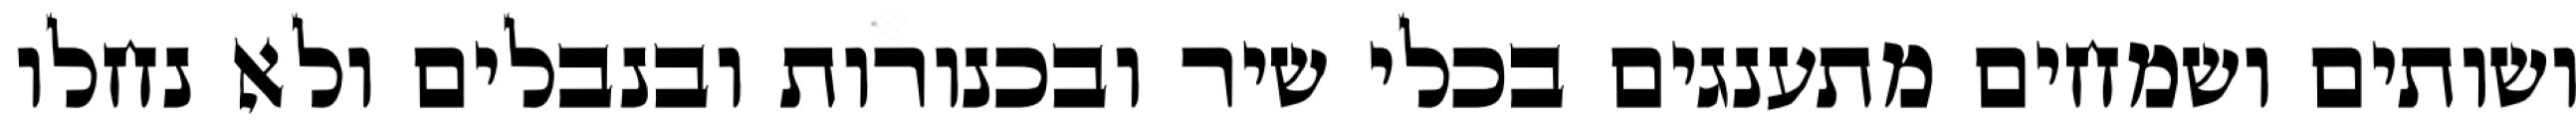
ושותים ושמחים מתענגים בכלי שיר ובכנורות ובנבלים ולא נחלו